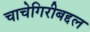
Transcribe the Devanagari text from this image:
चाचेगिरीबद्दल